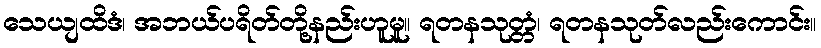
သေယျထိဒံ၊ အဘယ်ပရိတ်တို့နည်းဟူမူ။ ရတနသုတ္တံ၊ ရတနသုတ်လည်းကောင်း။